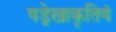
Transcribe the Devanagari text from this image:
षड्रेखाकृतियं